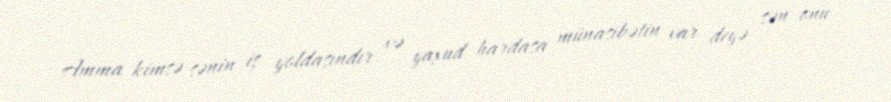
Amma kimsə sənin iş yoldaşındır və yaxud hardasa münasibətin var deyə sən onu